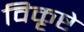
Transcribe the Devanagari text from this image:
विकृष्टे